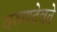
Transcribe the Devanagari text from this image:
वरुणदेवते